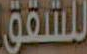
للشقق